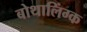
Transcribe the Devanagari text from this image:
बोथालिंग्क